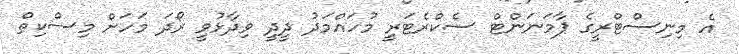
އެ މިނިސްޓްރީގެ ޕާމަނަންޓް ސެކްރެޓަރީ މުހައްމަދު ދީދީ ވިދާޅުވީ ރޯދަ މަހަށް މިސްކިތް